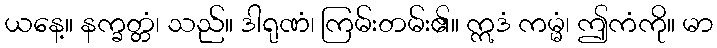
ယနေ့။ နက္ခတ္တံ၊ သည်။ ဒါရုဏံ၊ ကြမ်းတမ်း၏။ ဣဒံ ကမ္မံ၊ ဤကံကို။ မာ